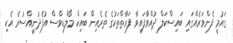
ގައުމީ ފެންވަރެއްގައި ބައިސްކަލް ދުއްވާފައިވާ ފަރާތްތަކުގެ ތެރެއިން ބައިކް މޯލްޑިވްސް އުފެދުނީއްސުރެ އެކި